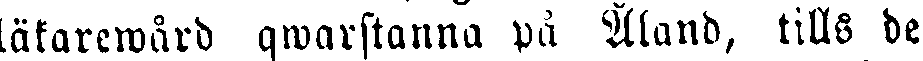
läkarewård qwarstanna på Åland, tills de